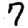
Digit: 7